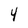
Character: 4